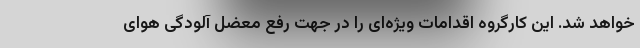
خواهد شد. این کارگروه اقدامات ویژه‌ای را در جهت رفع معضل آلودگی هوای